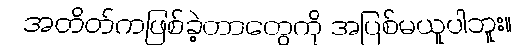
အတိတ်ကဖြစ်ခဲ့တာတွေကို အပြစ်မယူပါဘူး။